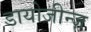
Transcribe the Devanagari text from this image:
डायोजीन्ज़